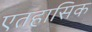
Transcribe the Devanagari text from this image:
एतहासिक